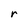
Character: r